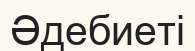
Әдебиеті